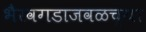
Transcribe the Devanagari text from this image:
भैरवगडाजवळच्या